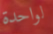
لواحدة